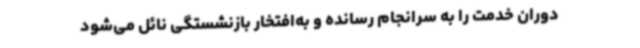
دوران خدمت را به سرانجام رسانده و به‌افتخار بازنشستگی نائل می‌شود